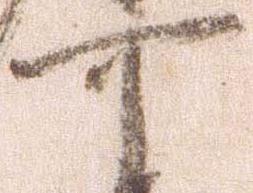
可